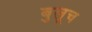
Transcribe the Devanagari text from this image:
बुलूच